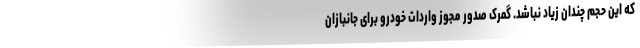
که این حجم چندان زیاد نباشد. گمرک صدور مجوز واردات خودرو برای جانبازان